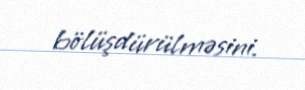
bölüşdürülməsini.